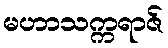
မဟာသက္ကရာဇ်